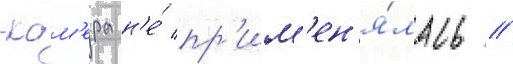
-кам'ера н'е́ пр'им'ен'я́лась /